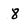
Character: 8